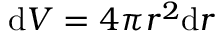
\mathrm { d } V = 4 \pi r ^ { 2 } \mathrm { d } r